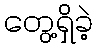
တွေ့ရှိခဲ့